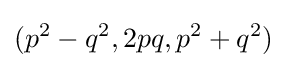
(p^{2}-q^{2},2pq,p^{2}+q^{2})